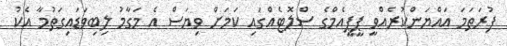
ފުރަތަމަ އައްޔަންކުރެއްވީ ޕީޕީއެމްގެ ސްލޮޓެއްގައި ކަމަށް ވިޔަސް އެ މަގާމު ލިބިވަޑައިގަތުމާ އެކު